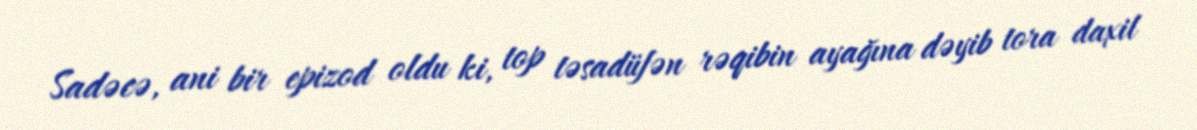
Sadəcə, ani bir epizod oldu ki, top təsadüfən rəqibin ayağına dəyib tora daxil